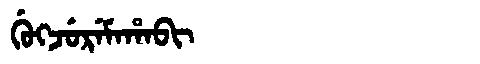
Manchu: ᡤᡠᡴᠵᡠᡵᡝᠮᠠᡥᠠᠪᡳ
Romanization: GUKJUREMAHABI